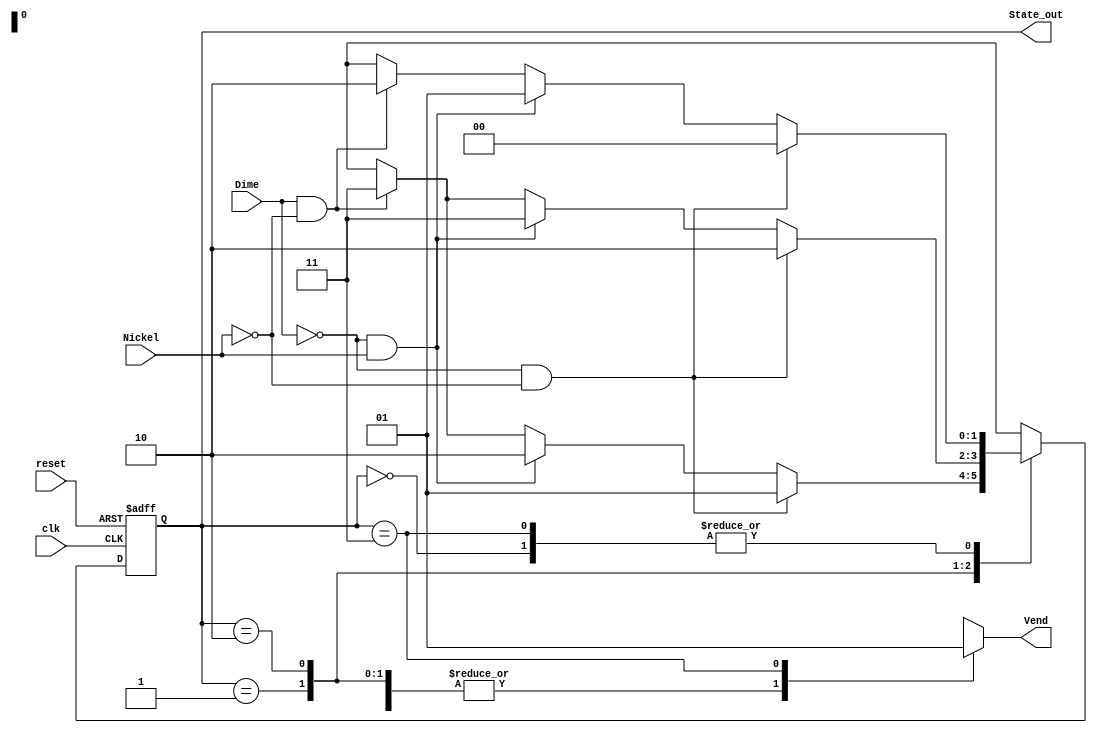
`timescale 1ns / 1ps
//////////////////////////////////////////////////////////////////////////////////
// Company: 
// Design Name: 
// Module Name:    Vending Machine
// Project Name: 

//
//////////////////////////////////////////////////////////////////////////////////
module VendingMoore(
    input clk,
    input reset,
	input Nickel,
    input Dime,
    output reg Vend,
	 //output wire Ndisplay, Ddisplay, // show the display of Nickel and Dime
    output [1:0] State_out
    );
	 
// State Variable Declaration
	reg [1:0] present_state = 2'b00;
	reg [1:0] next_state = 2'b00;
	
	// Binary state assignment
	parameter [1:0]
		Zero_Cents		=	2'b00,
		Five_Cents		=	2'b01,
		Ten_Cents 		= 	2'b10,
		Fifteen_cents	=	2'b11;
		
	// Output present state binary
	assign State_out = present_state;
	
	// Register generation (D flip flops)
	always @(posedge clk or posedge reset)
		begin : register_generation
			if (reset) 
			present_state <= Zero_Cents;
			else 
			present_state <= next_state;
		end
		
	// Next State Logic
	always @(present_state or Nickel or Dime)
		begin : next_state_logic
		// Default state assignment; use don't cares
		next_state <= 2'bx;
		// Default output assignment
		Vend <= 0;
			case (present_state)
				Zero_Cents: 
					begin
						// List all input conditions
						if (!Dime & !Nickel) 
							next_state <= Zero_Cents;
						else if (!Dime & Nickel) 
							next_state <= Five_Cents;
						else if (Dime & !Nickel) 
							next_state <= Ten_Cents;
						else next_state <= 2'bx;
						// Assign output
						Vend <= 0;
					end
				Five_Cents:
				begin
						// List all input conditions
						if (!Dime & !Nickel) 
							next_state <= Five_Cents;
						else if (!Dime & Nickel) 
							next_state <= Ten_Cents;
						else if (Dime& !Nickel) 
							next_state <= Fifteen_cents;
						else next_state <= 2'bx;
						// Assign output
						Vend <= 0;
					end
				Ten_Cents:
				begin
						// List all input conditions
						if (!Dime & !Nickel) 
							next_state <= Ten_Cents;
						else if (!Dime & Nickel) 
							next_state <= Fifteen_cents;
						else if (Dime & !Nickel) 
							next_state <= Fifteen_cents;
						else next_state <= 2'bx;
						// Assign output
						Vend <= 0;
					end
				Fifteen_cents:
					begin
						// List all input conditions
						if (!Dime & !Nickel) 
							next_state <= Zero_Cents;
						else if (!Dime & Nickel) 
							next_state <= Five_Cents;  // this is different than state diagram
						else if (Dime & !Nickel)      // this is different than state diagram
							next_state <= Ten_Cents;
						else next_state <= 2'bx;
						// Assign output
						Vend <= 1;
					end
				default:
					next_state <= Zero_Cents; // necessary to prevent warnings about uncovered states
			endcase
		end

endmodule